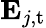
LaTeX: \mathbf{E}_{j,\mathrm{t}}